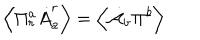
\left\langle \Pi _ { r } ^ { a } \dot { A } _ { a } ^ { r } \right\rangle = \left\langle \dot { { \cal A } } _ { b } { \it \Pi ^ { b } } \right\rangle